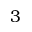
3